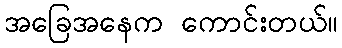
အခြေအနေက ကောင်းတယ်။